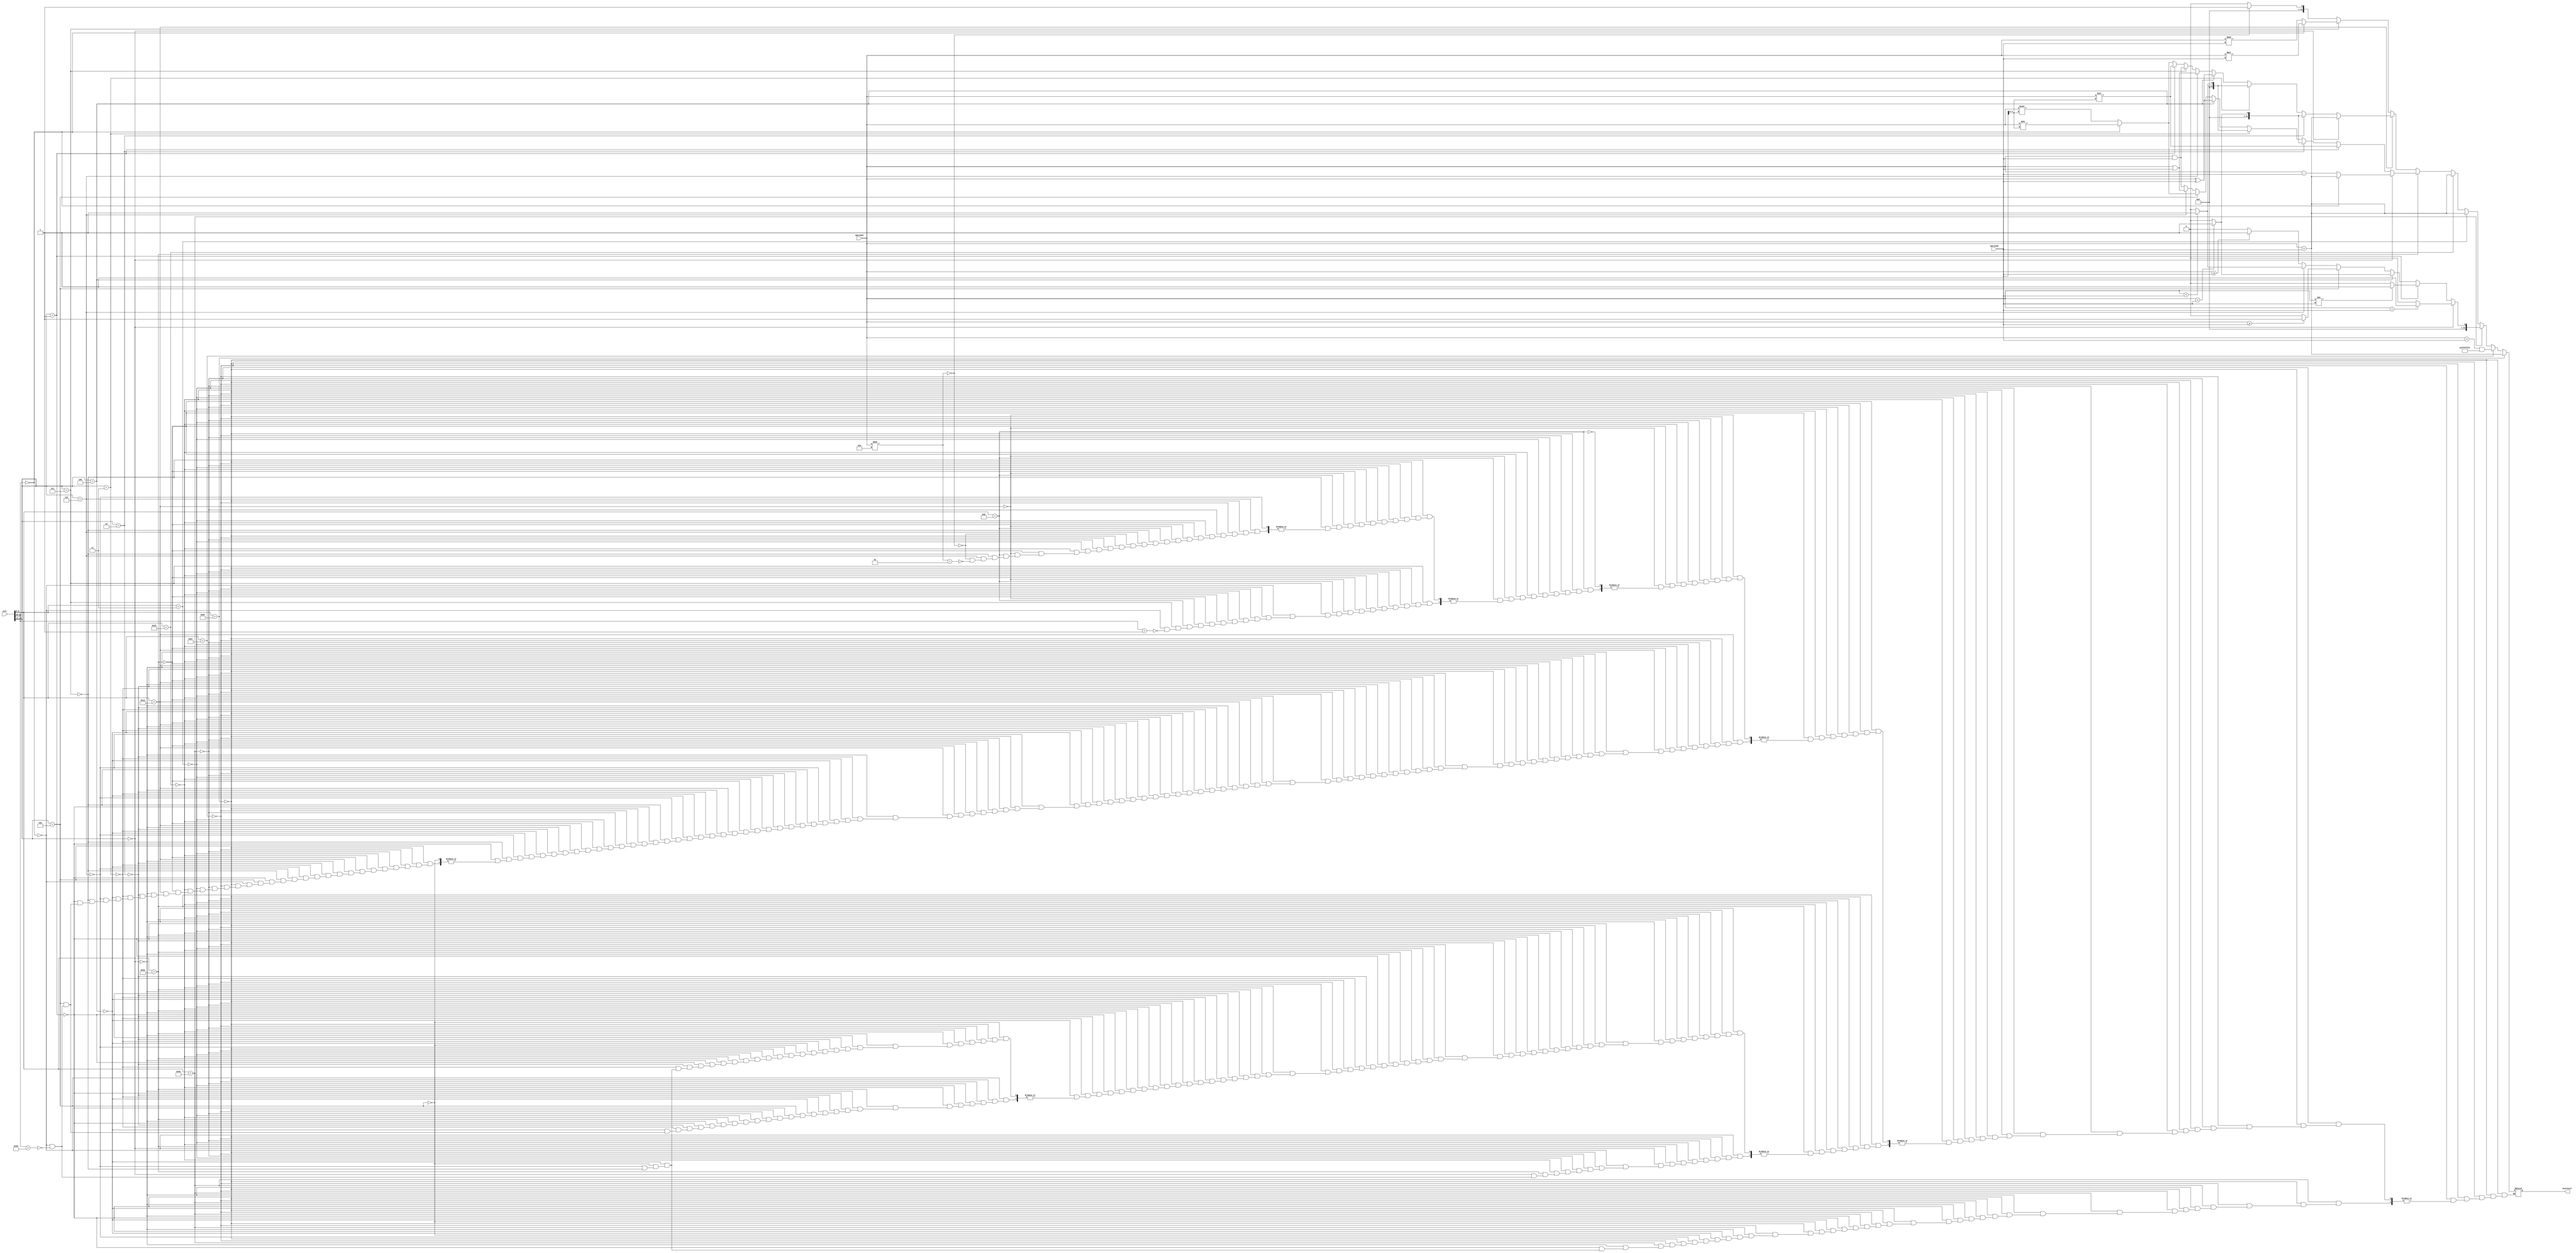
module ALU (
	input wire [31:0] inst,
	input wire signed [31:0] operand1,
	input wire signed [31:0] operand2,
	output reg signed [31:0] ALUresult
	);

	always @(*) begin
		// JAL
		if (inst[6:0] == 7'b1101111) begin
			ALUresult = operand1 + operand2;
		end

		// JALR
		else if (inst[6:0] == 7'b1100111) begin
			ALUresult = (operand1 + operand2) & (32'hfffffffe);
		end

		// Btype
		else if (inst[6:0] == 7'b1100011) begin
			// BEQ
			if (inst[14:12] == 3'b000) begin
				ALUresult = (operand1 == operand2) ? 1:0;
			end

			// BNE
			else if (inst[14:12] == 3'b001) begin
				ALUresult = (operand1 != operand2) ? 1:0;
			end

			// BLT
			else if (inst[14:12] == 3'b100) begin
				ALUresult = (operand1 < operand2) ? 1:0;
			end

			// BGE
			else if (inst[14:12] == 3'b101) begin
				ALUresult = (operand1 >= operand2) ? 1:0;
			end

			// BLTU
			else if (inst[14:12] == 3'b110) begin
				ALUresult = ($unsigned(operand1) < $unsigned(operand2)) ? 1:0;
			end

			// BGEU
			else if (inst[14:12] == 3'b111) begin
				ALUresult = ($unsigned(operand1) >= $unsigned(operand2)) ? 1:0;
			end
		end

		// Itype load
		else if (inst[6:0] == 7'b0000011) begin
			ALUresult = operand1 + operand2;
		end

		// Stype
		else if (inst[6:0] == 7'b0100011) begin
			ALUresult = operand1 + operand2;
		end

		// Rtype
		else if (inst[6:0] == 7'b0110011) begin
			// ADD, SUB
			if (inst[14:12] == 3'b000) begin
				// ADD
				if (inst[31:25] == 7'b0000000) begin
					ALUresult = operand1 + operand2;
				end

				// SUB
				else if (inst[31:25] == 7'b0100000) begin
					ALUresult = operand1 - operand2;
				end
			end

			// SLL
			else if (inst[14:12] == 3'b001) begin
				ALUresult = operand1 << operand2[4:0];
			end

			// SLT
			else if (inst[14:12] == 3'b010) begin
				ALUresult = (operand1 < operand2) ? 1:0;
			end

			// SLTU
			else if (inst[14:12] == 3'b011) begin
				ALUresult = ($unsigned(operand1) < $unsigned(operand2)) ? 1:0;
			end

			// XOR
			else if (inst[14:12] == 3'b100) begin
				ALUresult = operand1 ^ operand2;
			end

			// SRL, SRA
			else if (inst[14:12] == 3'b101) begin
				//SRL
				if (inst[31:25] == 7'b0000000) begin
					ALUresult = operand1 >> (operand2[4:0]);
				end

				//SRA
				else if (inst[31:25] == 7'b0100000) begin
					ALUresult = operand1 >>> (operand2[4:0]);
				end
			end

			// OR
			else if (inst[14:12] == 3'b110) begin
				ALUresult = operand1 | operand2;
			end

			// AND
			else if (inst[14:12] == 3'b111) begin
				ALUresult = operand1 & operand2;
			end
		end

		// Itype
		else if (inst[6:0] == 7'b0010011) begin
			// ADDI
			if (inst[14:12] == 3'b000) begin
				ALUresult = operand1 + operand2;
			end

			// SLTI
			else if (inst[14:12] == 3'b010) begin
				ALUresult = (operand1 < operand2) ? 1:0;
			end

			else if (inst[14:12] == 3'b011) begin
				ALUresult = ($unsigned(operand1) < $unsigned(operand2)) ? 1:0;
			end

			// XORI
			else if (inst[14:12] == 3'b100) begin
				ALUresult = operand1 ^ operand2;
			end

			// ORI
			else if (inst[14:12] == 3'b110) begin
				ALUresult = operand1 | operand2;
			end

			// ANDI
			else if (inst[14:12] == 3'b111) begin
				ALUresult = operand1 & operand2;
			end

			// SLLI
			else if (inst[14:12] == 3'b001) begin
				ALUresult = operand1 << (operand2[4:0]);
			end

			// SRLI, SRAI
			else if (inst[14:12] == 3'b101) begin
				// SRLI
				if (inst[31:25] == 7'b0000000) begin
					ALUresult = operand1 >> (operand2[4:0]);
				end

				// SRAI
				else if (inst[31:25] == 7'b0100000) begin
					ALUresult = operand1 >>> (operand2[4:0]);
				end
			end
		end

		// Custom
		else if (inst[6:0] == 7'b0001011) begin
			// MULT, MODULO
			if (inst[14:12] == 3'b111) begin
				// MULT
				if (inst[31:25] == 7'b0000000) begin
					ALUresult = operand1 * operand2;
				end

				// MODULO
				else if (inst[31:25] == 7'b0000001) begin
					ALUresult = operand1 % operand2;
				end
			end

			// IS_EVEN
			else if (inst[14:12] == 3'b110) begin
				if ((operand1 % 2) == 0) begin
					ALUresult = 1;
				end

				else if ((operand1 % 2) == 1) begin
					ALUresult = 0;
				end
			end
		end
	end

endmodule